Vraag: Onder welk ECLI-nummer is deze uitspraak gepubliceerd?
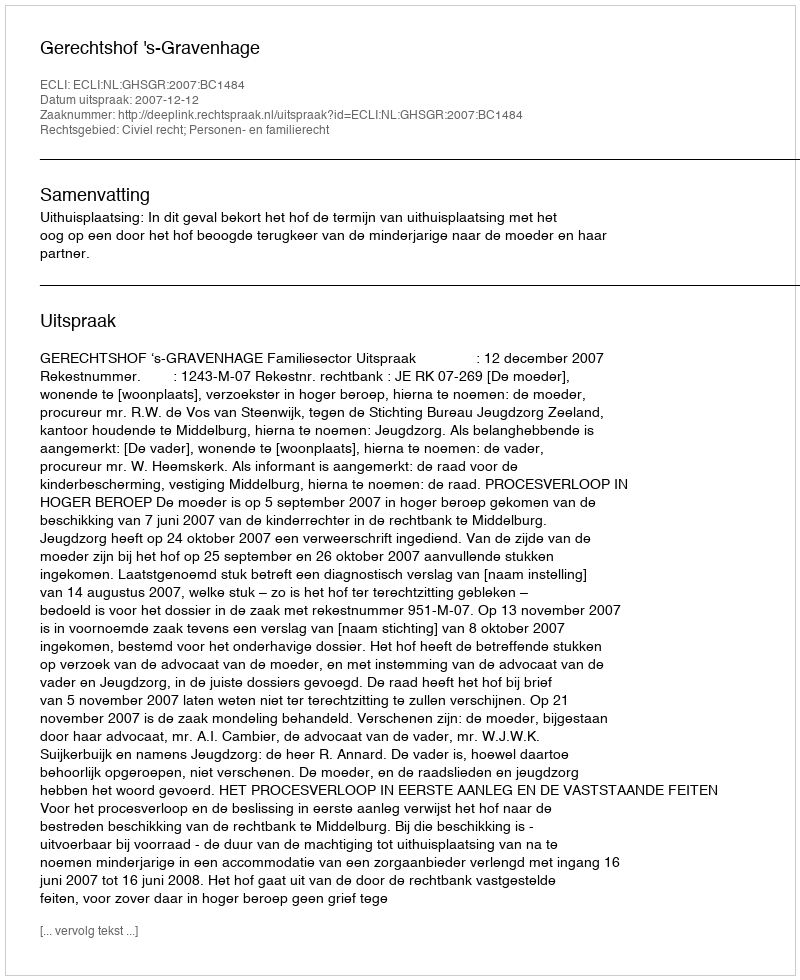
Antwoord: ECLI:NL:GHSGR:2007:BC1484